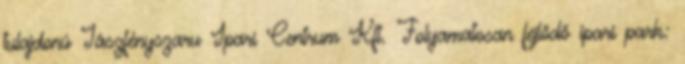
tulajdonú Jászfényszaru Ipari Centrum Kft. Folyamatosan fejlődő ipari park: